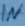
Text: IN